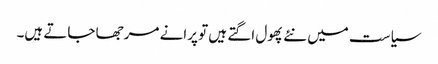
سیاست میں نئے پھول اگتے ہیں تو پرانے مرجھا جاتے ہیں۔